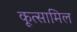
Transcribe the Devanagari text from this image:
कूत्सामिल